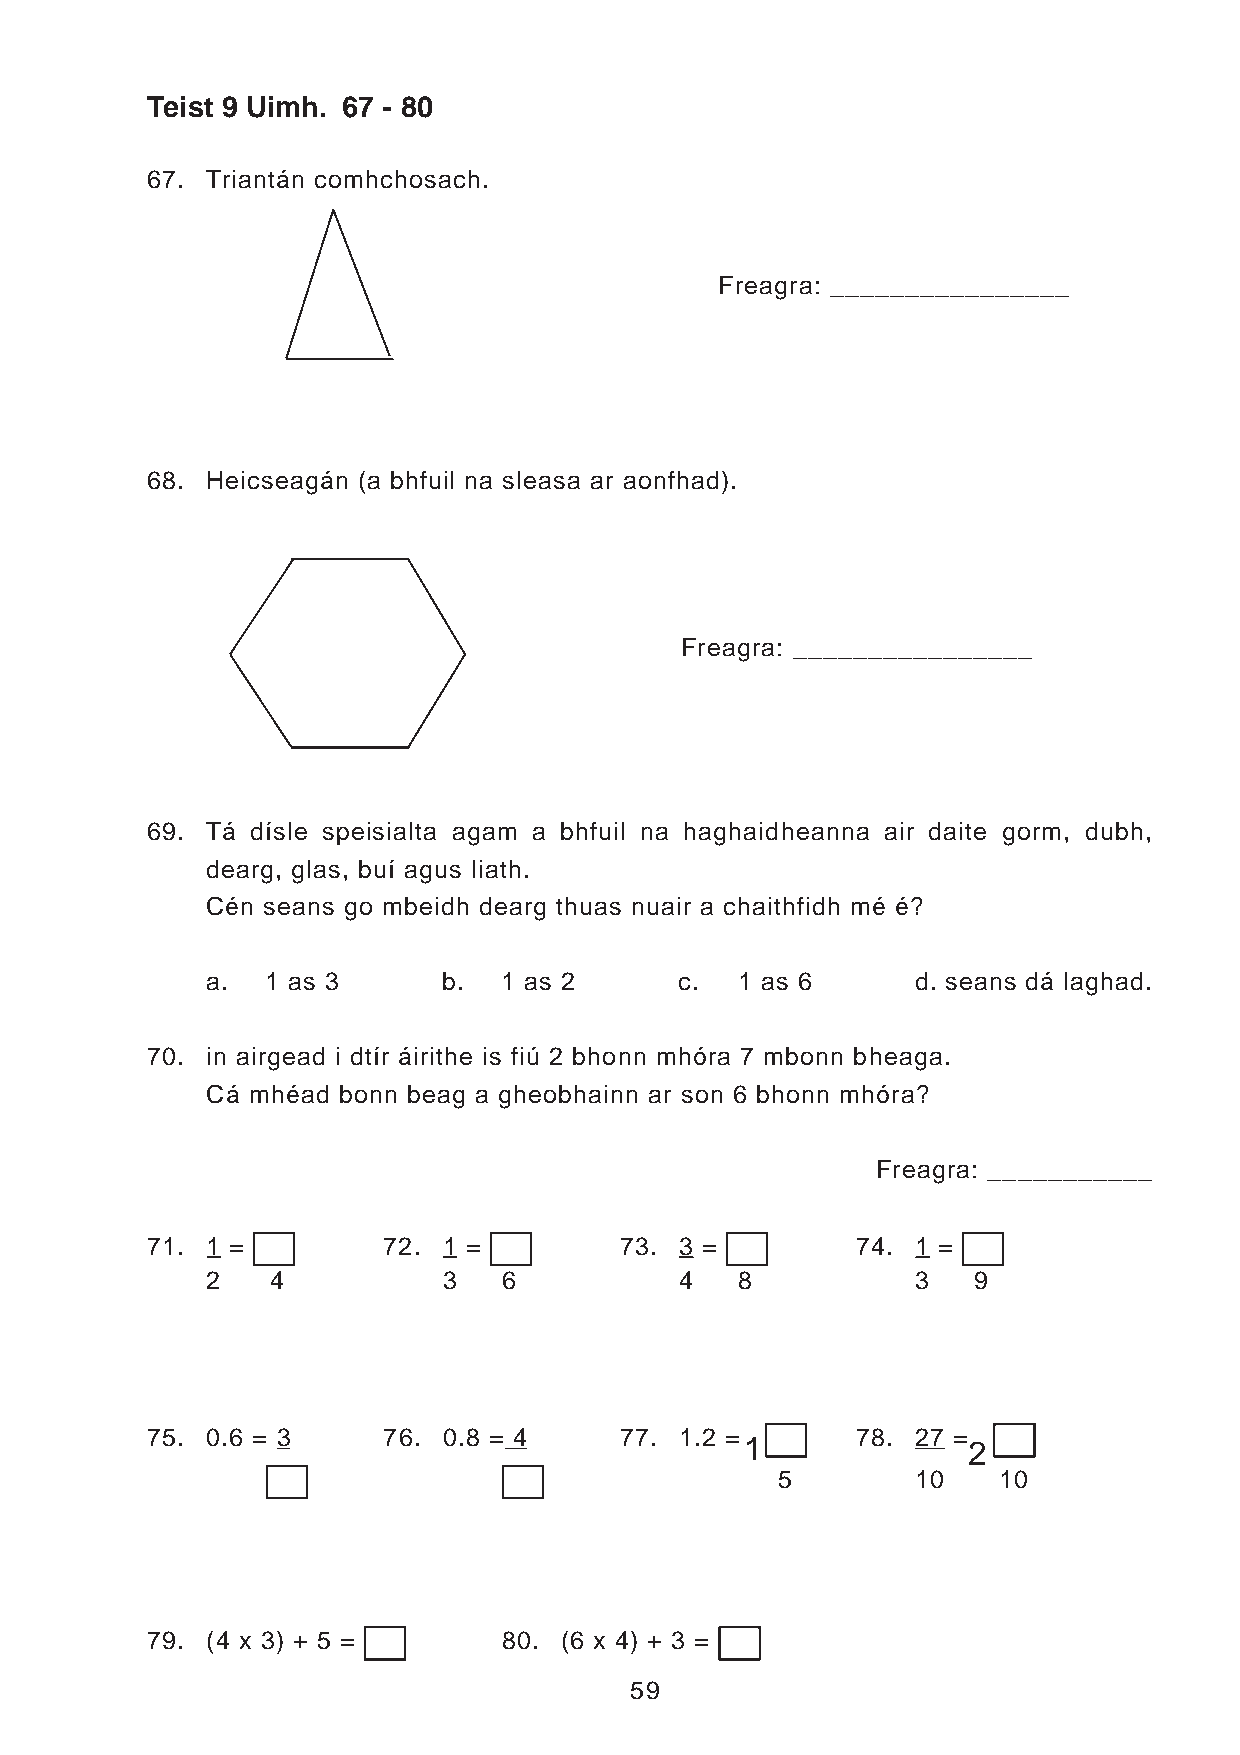
Teist 9 Uimh. 67 - 80
 67. Triantán comhchosach.
 Freagra: ________________
 68. Heicseagán (a bhfuil na sleasa ar aonfhad).
 Freagra: ________________
 69. Tá dísle speisialta agam a bhfuil na haghaidheanna air daite gorm, dubh,
 dearg, glas, buí agus liath.
 Cén seans go mbeidh dearg thuas nuair a chaithfidh mé é?
 a.  1 as 3     b.  1 as 2      c.  1 as 6      d. seans dá laghad.
 70. in airgead i dtír áirithe is fiú 2 bhonn mhóra 7 mbonn bheaga.
 Cá mhéad bonn beag a gheobhainn ar son 6 bhonn mhóra?
 Freagra: ___________
 71. 1 =        72. 1 =         73. 3 =         74. 1 =
 2   4          3   6           4   8           3  9
 75. 0.6 = 3    76. 0.8 = 4     77. 1.2 =       78. 27 =
 1              2
 5        10   10
 79. (4 x 3) + 5 =      80. (6 x 4) + 3 =
 59